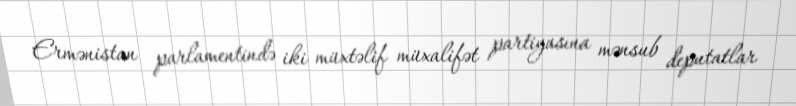
Ermənistan parlamentində iki müxtəlif müxalifət partiyasına mənsub deputatlar